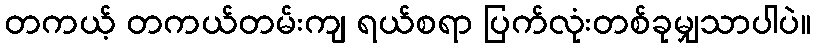
တကယ့် တကယ်တမ်းကျ ရယ်စရာ ပြက်လုံးတစ်ခုမျှသာပါပဲ။